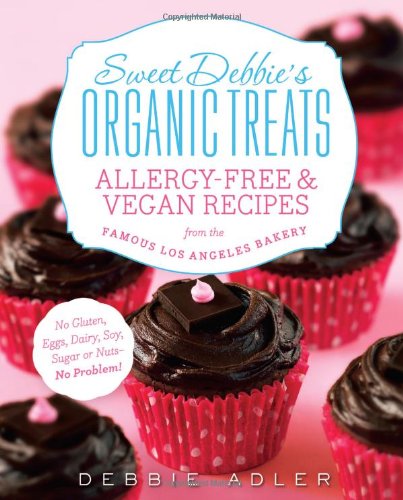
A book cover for Sweet Debbie's Organic Treats: Allergy-Free and Vegan Recipes from the Famous Los Angeles Bakery; Debbie Adler; Cookbooks, Food & Wine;